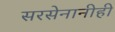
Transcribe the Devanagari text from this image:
सरसेनानीही